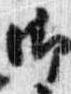
御